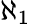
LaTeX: \aleph_{1}